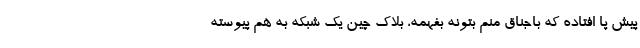
پیش پا افتاده که باجناق منم بتونه بفهمه، بلاک چین یک شبکه به هم پیوسته